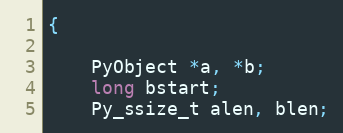
Language: C
{

	PyObject *a, *b;
	long bstart;
	Py_ssize_t alen, blen;